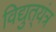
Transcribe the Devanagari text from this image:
विद्युत्‌यंत्र